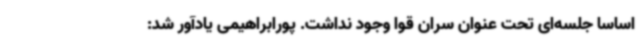
اساسا جلسه‌ای تحت عنوان سران قوا وجود نداشت. پورابراهیمی یادآور شد: